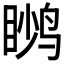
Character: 𬸙